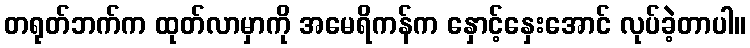
တရုတ်ဘက်က ထုတ်လာမှာကို အမေရိကန်က နှောင့်နှေးအောင် လုပ်ခဲ့တာပါ။